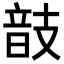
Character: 𢻕